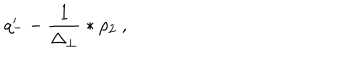
LaTeX: q _ { - } ^ { \prime } - \frac { 1 } { \Delta _ { \perp } } \ast \rho _ { 2 } \ ,